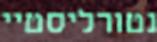
נטורליסטיי